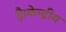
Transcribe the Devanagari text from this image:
है।केन्द्रीय